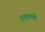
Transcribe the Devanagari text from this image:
द्रमुकचे